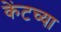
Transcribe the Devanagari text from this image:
केंटच्या